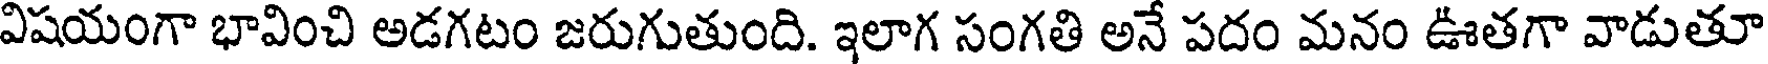
విషయంగా భావించి అడగటం జరుగుతుంది. ఇలాగ సంగతి అనే పదం మనం ఊతగా వాడుతూ